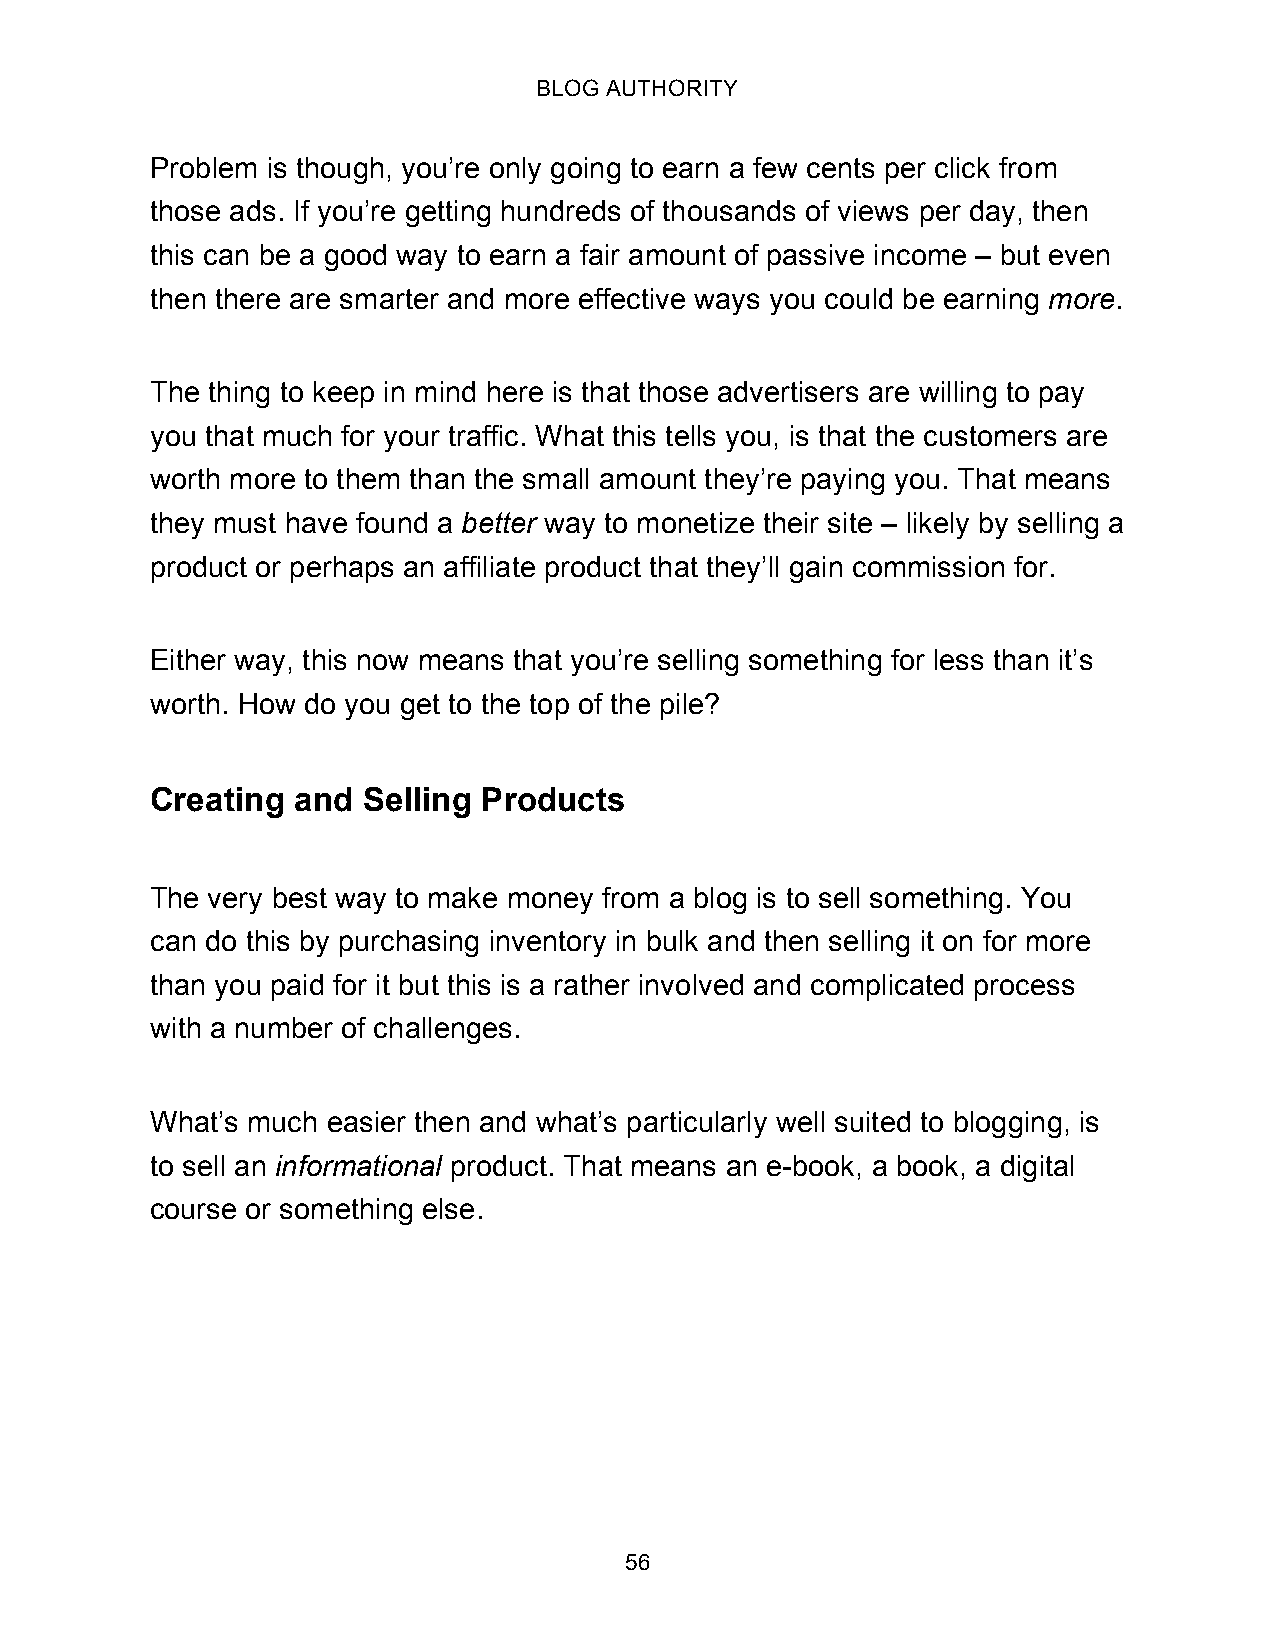
BLOG AUTHORITY
 Problem is though, you’re only going to earn a few cents per click from
 those ads. If you’re getting hundreds of thousands of views per day, then
 this can be a good way to earn a fair amount of passive income – but even
 then there are smarter and more effective ways you could be earning more.
 The thing to keep in mind here is that those advertisers are willing to pay
 you that much for your traffic. What this tells you, is that the customers are
 worth more to them than the small amount they’re paying you. That means
 they must have found a better way to monetize their site – likely by selling a
 product or perhaps an affiliate product that they’ll gain commission for.
 Either way, this now means that you’re selling something for less than it’s
 worth. How do you get to the top of the pile?
 Creating and  Selling Products
 The very best way to make money from a blog is to sell something. You
 can do this by purchasing inventory in bulk and then selling it on for more
 than you paid for it but this is a rather involved and complicated process
 with a number of challenges.
 What’s much easier then and what’s particularly well suited to blogging, is
 to sell an informational product. That means an e-book, a book, a digital
 course or something else.
 56